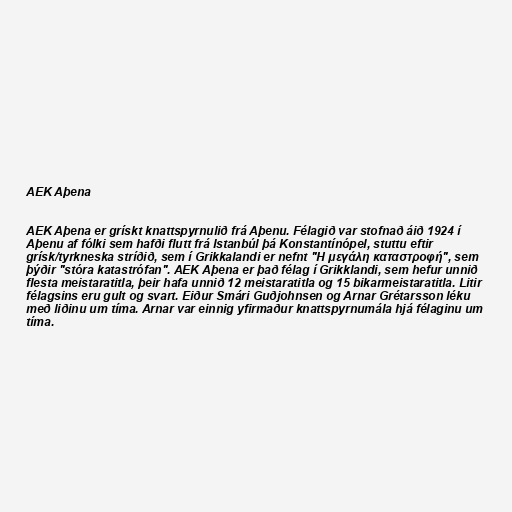
AEK Aþena

AEK Aþena er grískt knattspyrnulið frá Aþenu. Félagið var stofnað áið 1924 í
Aþenu af fólki sem hafði flutt frá Istanbúl þá Konstantínópel, stuttu eftir
grísk/tyrkneska stríðið, sem í Grikkalandi er nefnt "Η μεγάλη καταστροφή", sem
þýðir "stóra katastrófan". AEK Aþena er það félag í Grikklandi, sem hefur unnið
flesta meistaratitla, þeir hafa unnið 12 meistaratitla og 15 bikarmeistaratitla. Litir
félagsins eru gult og svart. Eiður Smári Guðjohnsen og Arnar Grétarsson léku
með liðinu um tíma. Arnar var einnig yfirmaður knattspyrnumála hjá félaginu um
tíma.